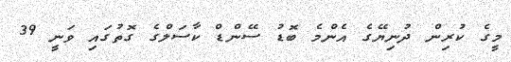
މީގެ ކުރިން ދުނިޔޭގެ އެންމެ ބޮޑު ސޭންޑް ކާސަލްގެ ގޮތުގައި ވަނީ 39